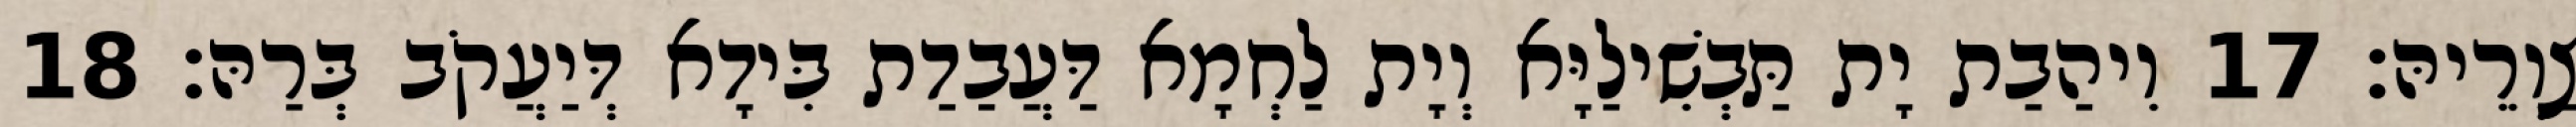
צַוְרֵיהּ׃ 17 וִיהַבַת יָת תַּבְשִׁילַיָּא וְיָת לַחְמָא דַּעֲבַדַת בִּידָא דְּיַעֲקֹב בְּרַהּ׃ 18